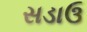
સડાઉ